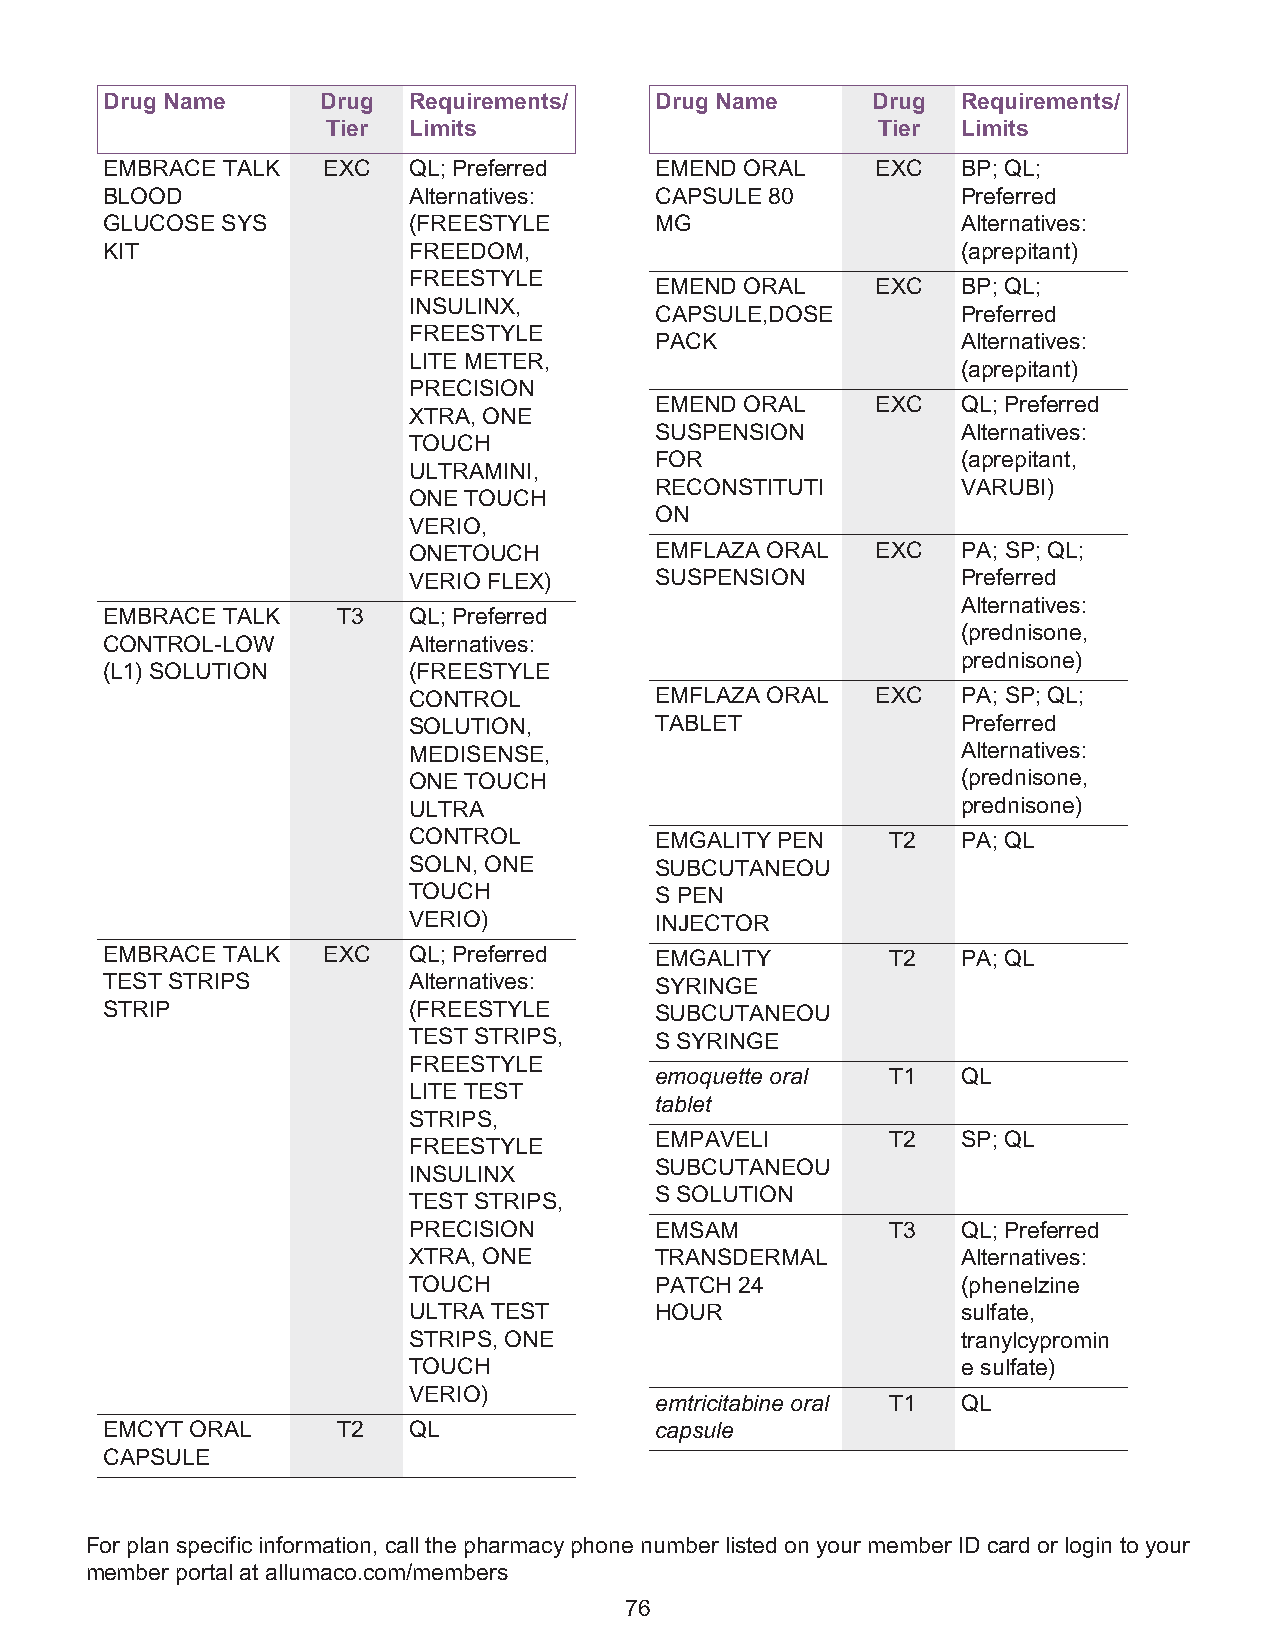
Drug Name     Drug  Requirements/   Drug Name      Drug  Requirements/
 Tier Limits                         Tier  Limits
 EMBRACE TALK  EXC   QL; Preferred   EMEND ORAL     EXC   BP; QL;
 BLOOD               Alternatives:   CAPSULE 80           Preferred
 GLUCOSE SYS         (FREESTYLE      MG                   Alternatives:
 KIT                 FREEDOM,                             (aprepitant)
 FREESTYLE
 EMEND ORAL     EXC   BP; QL;
 INSULINX,
 CAPSULE,DOSE         Preferred
 FREESTYLE
 PACK                 Alternatives:
 LITE METER,
 (aprepitant)
 PRECISION
 EMEND ORAL     EXC   QL; Preferred
 XTRA, ONE
 SUSPENSION           Alternatives:
 TOUCH
 FOR                  (aprepitant,
 ULTRAMINI,
 RECONSTITUTI         VARUBI)
 ONE TOUCH
 ON
 VERIO,
 ONETOUCH        EMFLAZA ORAL   EXC   PA; SP; QL;
 VERIO FLEX)     SUSPENSION           Preferred
 Alternatives:
 EMBRACE TALK   T3   QL; Preferred
 (prednisone,
 CONTROL-LOW         Alternatives:
 prednisone)
 (L1) SOLUTION       (FREESTYLE
 CONTROL         EMFLAZA ORAL   EXC   PA; SP; QL;
 SOLUTION,       TABLET               Preferred
 MEDISENSE,                           Alternatives:
 ONE TOUCH                            (prednisone,
 ULTRA                                prednisone)
 CONTROL         EMGALITY PEN    T2   PA; QL
 SOLN, ONE       SUBCUTANEOU
 TOUCH           S PEN
 VERIO)          INJECTOR
 EMBRACE TALK  EXC   QL; Preferred   EMGALITY        T2   PA; QL
 TEST STRIPS         Alternatives:   SYRINGE
 STRIP               (FREESTYLE      SUBCUTANEOU
 TEST STRIPS,    S SYRINGE
 FREESTYLE
 emoquette oral  T1   QL
 LITE TEST
 tablet
 STRIPS,
 EMPAVELI        T2   SP; QL
 FREESTYLE
 SUBCUTANEOU
 INSULINX
 S SOLUTION
 TEST STRIPS,
 PRECISION       EMSAM           T3   QL; Preferred
 XTRA, ONE       TRANSDERMAL          Alternatives:
 TOUCH           PATCH 24             (phenelzine
 ULTRA TEST      HOUR                 sulfate,
 STRIPS, ONE                          tranylcypromin
 TOUCH                                e sulfate)
 VERIO)
 emtricitabine oral T1 QL
 EMCYT ORAL     T2   QL              capsule
 CAPSULE
 For plan specific information, call the pharmacy phone number listed on your member ID card or login to your
 member portal at allumaco.com/members
 76